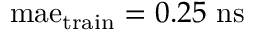
\mathrm { m a e } _ { \mathrm { t r a i n } } = 0 . 2 5 ~ \mathrm { n s }